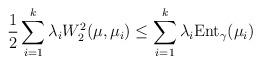
LaTeX: \begin{align*} \frac{1}{2} \sum_{i=1}^k \lambda_i W^2_2(\mu, \mu_i ) \le \sum_{i=1}^k \lambda_i {\rm Ent}_{\gamma} (\mu_i)\end{align*}